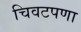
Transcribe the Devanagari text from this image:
चिवटपणा